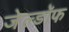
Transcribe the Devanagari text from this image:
जेल्डॉफ